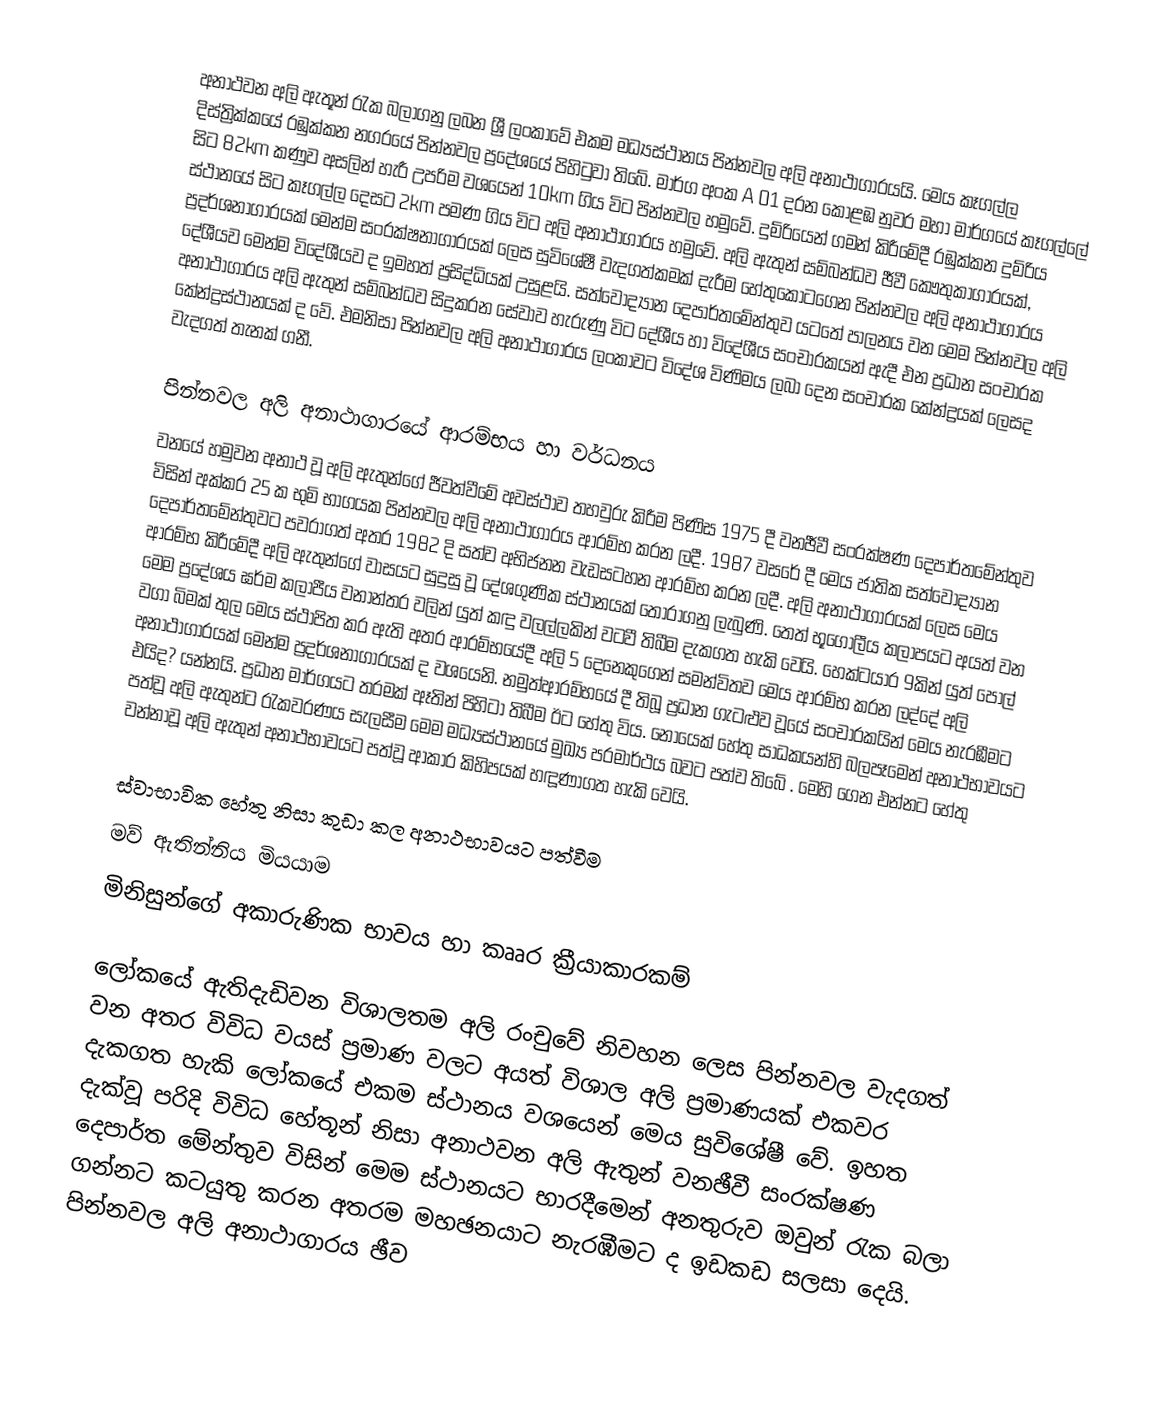
අනාථවන අලි ඇතූන් රැක බලාගනු ලබන ශ්‍රී ලංකාවේ එකම මධ්‍යස්ථානය පින්නවල අලි අනාථාගාරයයි. මෙය කෑගල්ල දිස්ත්‍රික්කයේ රඹුක්කන නගරයේ පින්නවල ප්‍රදේශයේ පිහිටුවා තිබේ. මාර්ග අංක A 01 දරන කොළඹ නුවර මහා මාර්ගයේ කෑගල්ලේ සිට 82km කණුව අසලින් හැරී උපරිම වශයෙන් 10km ගිය විට පින්නවල හමුවේ. දුම්රියෙන් ගමන් කිරීමේදී රඹුක්කන දුම්රිය ස්ථානයේ සිට කෑගල්ල  දෙසට 2km පමණ ගිය විට අලි අනාථාගාරය හමුවේ. අලි ඇතුන් සම්බන්ධව ඡීවී කෞතුකාගාරයක්, ප්‍රදර්ශනාගාරයක් මෙන්ම සංරක්ෂනාගාරයක් ලෙස සුවිශේෂී වැදගත්කමක් දැරීම හේතුකොටගෙන පින්නවල අලි අනාථාගාරය දේශීයව මෙන්ම විදේශීයව ද ඉමහත් ප්‍රසිද්ධියක් උසුළයි. සත්වෝද්‍යාන දෙපාර්තමේන්තුව යටතේ පාලනය වන මෙම පින්නවල අලි අනාථාගාරය අලි ඇතුන් සම්බන්ධව සිදුකරන සේවාව හැරුණු විට දේශීය හා විදේශීය සංචාරකයන් ඇදී එන ප්‍රධාන සංචාරක කේන්ද්‍රස්ථානයක් ද වේ. එමනිසා පින්නවල අලි අනාථාගාරය ලංකාවට විදේශ විණිමය ලබා දෙන සංචාරක කේන්ද්‍රයක් ලෙසද වැදගත් තැනක් ගනී.

පින්නවල අලි අනාථාගාරයේ ආරම්භය හා වර්ධනය
වනයේ හමුවන අනාථ වූ අලි ඇතුන්ගේ ජීවත්වීමේ අවස්ථාව තහවුරු කිරීම පිණිස 1975 දී වනඡීවී සංරක්ෂණ දෙපාර්තමේන්තුව විසින් අක්කර 25 ක භුමි භාගයක පින්නවල අලි අනාථාගාරය ආරම්භ කරන ලදී. 1987 වසරේ දී මෙය ජාතික සත්වෝද්‍යාන දෙපාර්තමේන්තුවට පවරාගත් අතර 1982 දි  සත්ව අභිජනන වැඩසටහන ආරම්භ කරන ලදී. අලි අනාථාගාරයක් ලෙස මෙය ආරම්භ කිරීමේදී අලි ඇතුන්ගේ වාසයට සුදුසු වූ දේශගුණික ස්ථානයක් තෝරාගනු ලැබුණි. තෙත් භූගෝලීය කලාපයට අයත් වන මෙම ප්‍රදේශය ඝර්ම කලාපීය වනාන්තර වලින් යුත් කඳු වලල්ලකින් වටවී තිබීම දැකගත හැකි වෙයි. හෙක්ටයාර 9කින් යුත් පොල් වගා බිමක් තුල මෙය ස්ථාපිත කර ඇති අතර ආරම්භයේදී අලි 5 දෙනෙකුගෙන් සමන්විතව මෙය ආරම්භ කරන ලද්දේ අලි අනාථාගාරයක් මෙන්ම ප්‍රදර්ශනාගාරයක් ද වශයෙනි. නමුත්ආරම්භයේ දී තිබූ ප්‍රධාන ගැටළුව වූයේ සංචාරකයින් මෙය නැරඹීමට එයිද? යන්නයි.  ප්‍රධාන මාර්ගයට තරමක් ඈතින් පිහිටා තිබීම ඊට හේතු විය. නොයෙක් හේතු සාධකයන්හි බලපෑමෙන් අනාථභාවයට පත්වූ අලි ඇතුන්ට රැකවරණය සැලසීම මෙම මධ්‍යස්ථානයේ මුඛ්‍ය පරමාර්ථය බවට පත්ව තිබේ . මෙහි ගෙන එන්නට හේතු වන්නාවූ අලි ඇතුන් අනාථභාවයට පත්වූ ආකාර කිහිපයක් හඳූණාගත හැකි වෙයි.

ස්වාභාවික හේතු නිසා කුඩා කල අනාථභාවයට පත්වීම
මව් ඇතින්නිය මියයාම
මිනිසුන්ගේ අකාරුණික භාවය හා කෲර ක්‍රීයාකාරකම්

ලෝකයේ ඇතිදැඩිවන විශාලතම අලි රංචුවේ නිවහන ලෙස පින්නවල වැදගත් වන අතර විවිධ වයස් ප්‍රමාණ වලට අයත් විශාල අලි ප්‍රමාණයක් එකවර දැකගත හැකි ලෝකයේ එකම ස්ථානය වශයෙන් මෙය සුවිශේෂී වේ. ඉහත දැක්වූ පරිදි විවිධ හේතූන් නිසා අනාථවන අලි ඇතුන් වනඡීවී සංරක්ෂණ දෙපාර්ත මේන්තුව විසින් මෙම ස්ථානයට භාරදීමෙන් අනතුරුව ඔවුන් රැක බලා ගන්නට කටයුතු කරන අතර‍ම මහඡනයාට නැරඹීමට ද ඉඩකඩ සලසා දෙයි. පින්නවල අලි අනාථාගාරය ඡීව